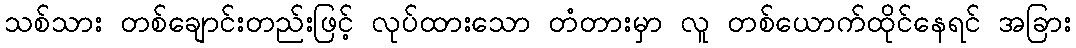
သစ်သား တစ်ချောင်းတည်းဖြင့် လုပ်ထားသော တံတားမှာ လူ တစ်ယောက်ထိုင်နေရင် အခြား